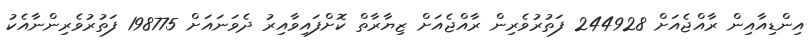
އިންޑިއާއިން ރާއްޖެއަށް 244928 ފަތުރުވެރިން ރާއްޖެއަށް ޒިޔާރާތް ކޮށްފައިވާއިރު ދެވަނައަށް 198775 ފަތުރުވެރިންނާއެކު